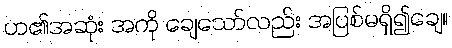
ဟ၏အဆုံး အကို ချေသော်လည်း အပြစ်မရှိ၍ချေ။